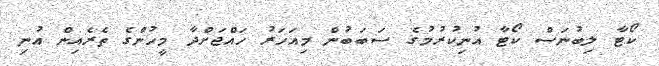
ކޯޓާ ލިބުނަސް ކޯޓާ އުނިކުރުމުގެ ސަބަބުން މިއަހަރު ހައްޖަށްދާ މީހުންގެ ތެރެއިން އުނި